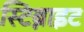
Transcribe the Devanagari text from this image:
स्टिब्नाइट